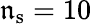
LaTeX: \mathfrak{n}_{\mathrm{{s}}}=10